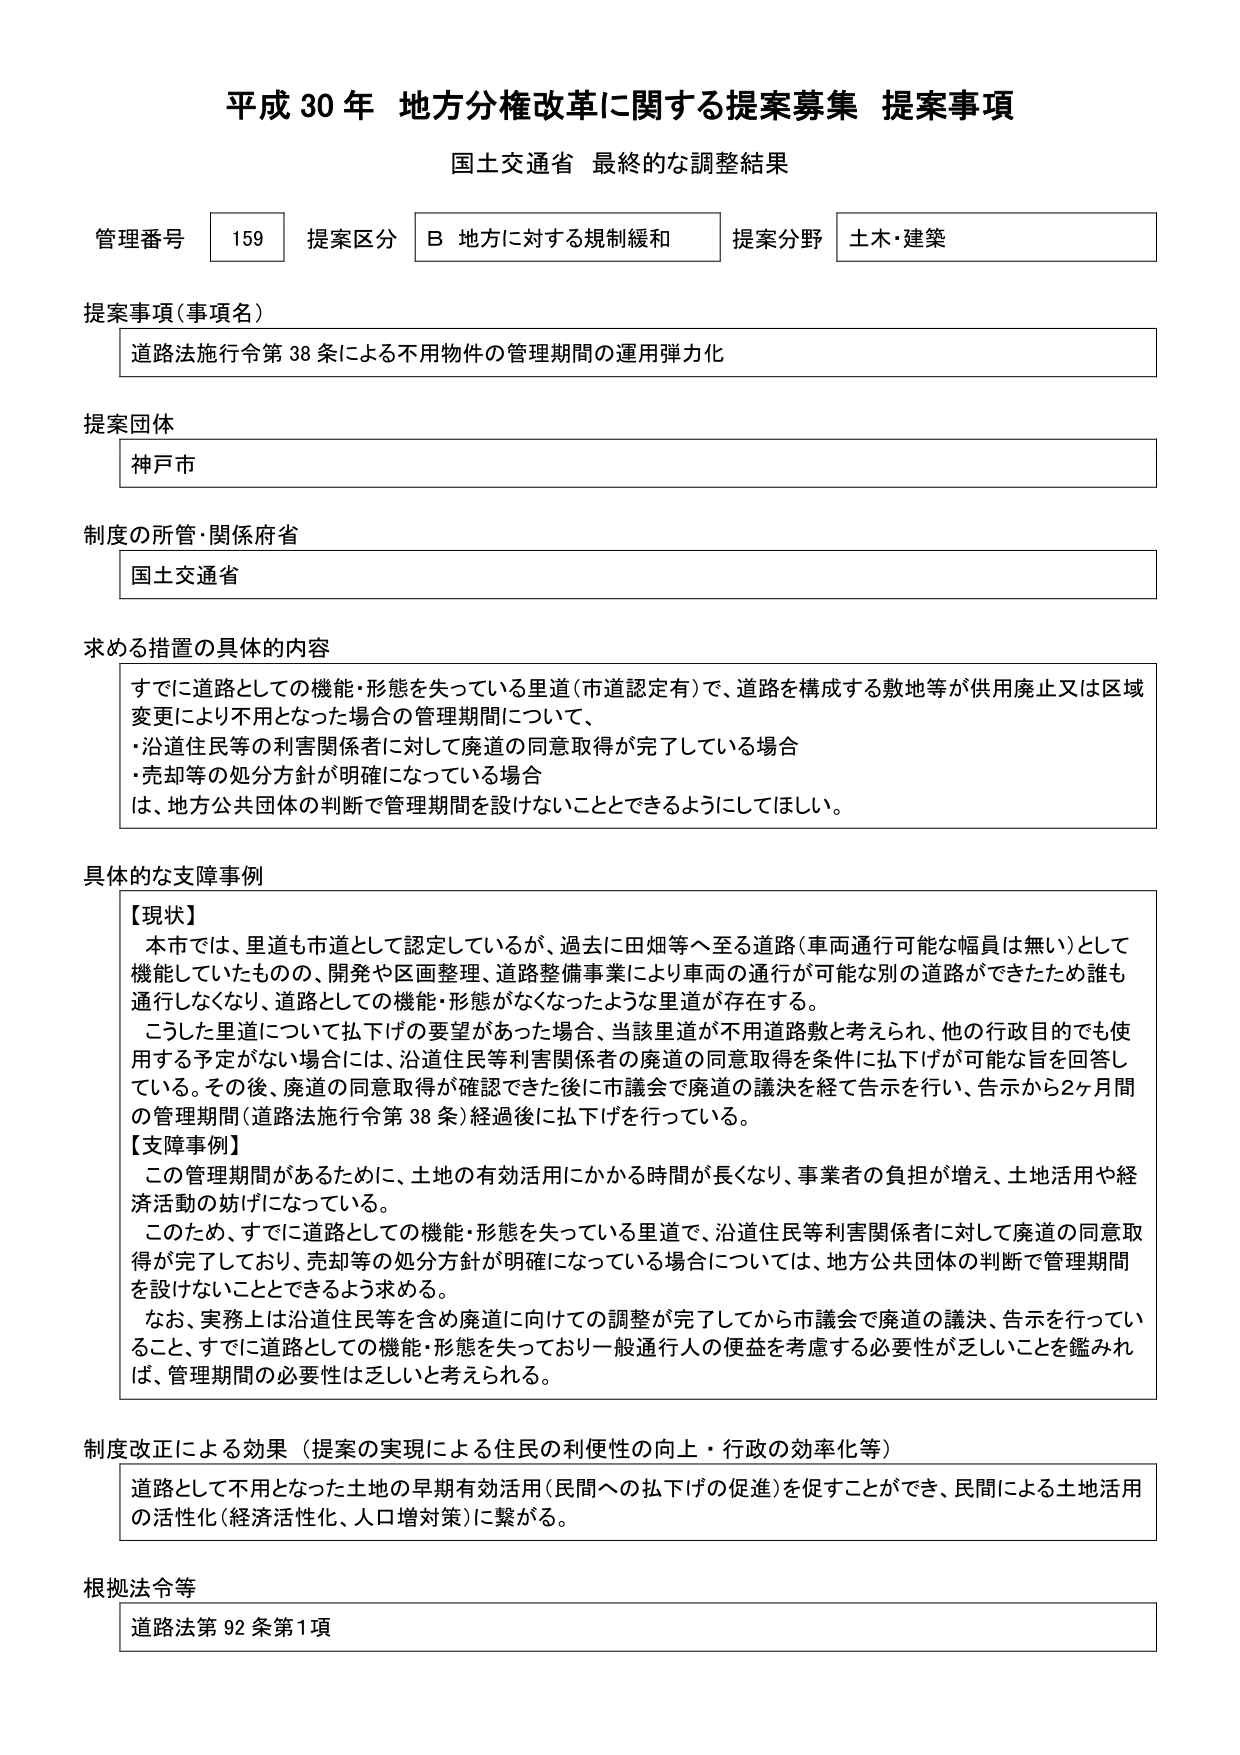
平成30年 地方分権改革に関する提案募集 提案事項
国土交通省 最終的な調整結果

管理番号 159 提案区分 B 地方に対する規制緩和 提案分野 土木・建築

提案事項（事項名）
道路法施行令第38条による不用物件の管理期間の運用弾力化

提案団体
神戸市

制度の所管・関係府省
国土交通省

求める措置の具体的内容
すでに道路としての機能・形態を失っている里道（市道認定有）で、道路を構成する敷地等が供用廃止又は区域変更により不用となった場合の管理期間について、
・沿道住民等の利害関係者に対して廃道の同意取得が完了している場合
・売却等の処分方針が明確になっている場合
は、地方公共団体の判断で管理期間を設けないことができるようにしてほしい。

具体的な支障事例
【現状】
本市では、里道も市道として認定しているが、過去に田畑等へ至る道路（車両通行可能な幅員は無い）として機能していたものの、開発や区画整理、道路整備事業により車両の通行が可能な別の道路ができたため誰も通行しなくなり、道路としての機能・形態がなくなったような里道が存在する。
こうした里道について払下げの要望があった場合、当該里道が不用道路敷と考えられ、他の行政目的でも使用する予定がない場合には、沿道住民等利害関係者の廃道の同意取得を条件に払下げが可能な旨を回答している。その後、廃道の同意取得が確認できた後に市議会で廃道の議決を経て告示を行い、告示から2ヶ月間の管理期間（道路法施行令第38条）経過後に払下げを行っている。
【支障事例】
この管理期間があるために、土地の有効活用にかかる時間が長くなり、事業者の負担が増え、土地活用や経済活動の妨げになっている。
このため、すでに道路としての機能・形態を失っている里道で、沿道住民等利害関係者に対して廃道の同意取得が完了しており、売却等の処分方針が明確になっている場合については、地方公共団体の判断で管理期間を設けないこととできるよう求める。
なお、実務上は沿道住民等を含め廃道に向けての調整が完了してから市議会で廃道の議決、告示を行っていること、すでに道路としての機能・形態を失っており一般通行人の便益を考慮する必要性が乏しいことを鑑みれば、管理期間の必要性は乏しいと考えられる。

制度改正による効果（提案の実現による住民の利便性の向上・行政の効率化等）
道路として不用となった土地の早期有効活用（民間への払下げの促進）を促すことができ、民間による土地活用の活性化（経済活性化、人口増対策）に繋がる。

根拠法令等
道路法第92条第1項